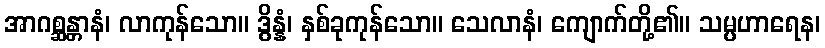
အာဂစ္ဆန္တာနံ၊ လာကုန်သော။ ဒွိန္နံ၊ နှစ်ခုကုန်သော။ သေလာနံ၊ ကျောက်တို့၏။ သမ္ပဟာရေန၊